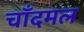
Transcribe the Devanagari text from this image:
चाँदमल